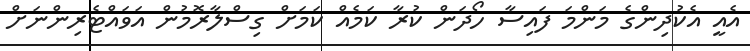
އެއީ އެކުދިންގެ މަންމަ ފައިސާ ހޯދަން ކުރާ ކަމެއް ކަމަށް ގިސްލާރޮމުން އަވައްޓެރިންނަށް